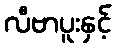
လီဗာပူးနှင့်